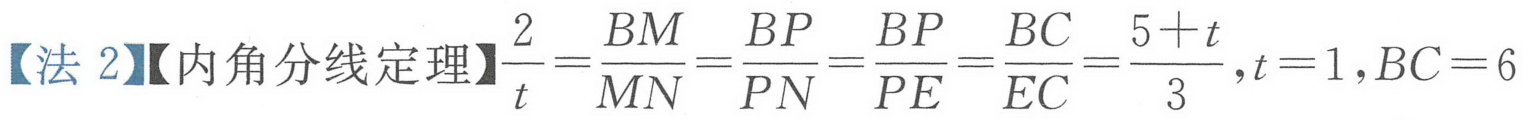
【法2】【内角分线定理】$\frac{2}{t}=\frac{BM}{MN}=\frac{BP}{PN}=\frac{BP}{PE}=\frac{BC}{EC}=\frac{5 + t}{3},t = 1,BC = 6$